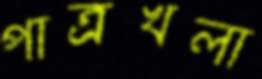
পাত্রখলা